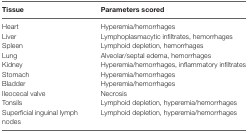
<table><thead><tr><td><b>Tissue</b></td><td><b>Parameters scored</b></td></tr></thead><tbody><tr><td>Heart</td><td>Hyperemia/hemorrhages</td></tr><tr><td>Liver</td><td>Lymphoplasmacytic infiltrates, hemorrhages</td></tr><tr><td>Spleen</td><td>Lymphoid depletion, hemorrhages</td></tr><tr><td>Lung</td><td>Alveolar/septal edema, hemorrhages</td></tr><tr><td>Kidney</td><td>Hyperemia/hemorrhages, inflammatory infiltrates</td></tr><tr><td>Stomach</td><td>Hyperemia/hemorrhages</td></tr><tr><td>Bladder</td><td>Hyperemia/hemorrhages</td></tr><tr><td>Ileocecal valve</td><td>Necrosis</td></tr><tr><td>Tonsils</td><td>Lymphoid depletion, hyperemia/hemorrhages</td></tr><tr><td>Superficial inguinal lymph nodes</td><td>Lymphoid depletion, hyperemia/hemorrhages</td></tr></tbody></table>